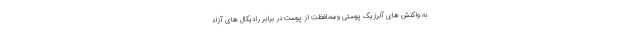
به واکنش های آلرژیک پوستی ومحافظت از پوست در برابر رادیکال های آزاد